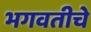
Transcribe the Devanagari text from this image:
भगवतीचे